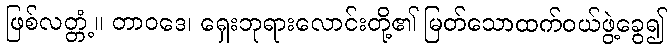
ဖြစ်လတ္တံ့။ တာဝဒေ၊ ရှေးဘုရားလောင်းတို့၏ မြတ်သောထက်ဝယ်ဖွဲ့ခွေ၍